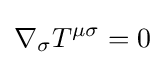
\nabla _{\sigma }T^{\mu \sigma }=0